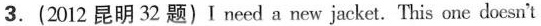
3.(2012 昆明 32 题) I need a new jacket.This one doesn't